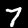
Label: 7